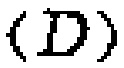
\((D)\)